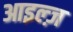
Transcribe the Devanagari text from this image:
आइल्ज़